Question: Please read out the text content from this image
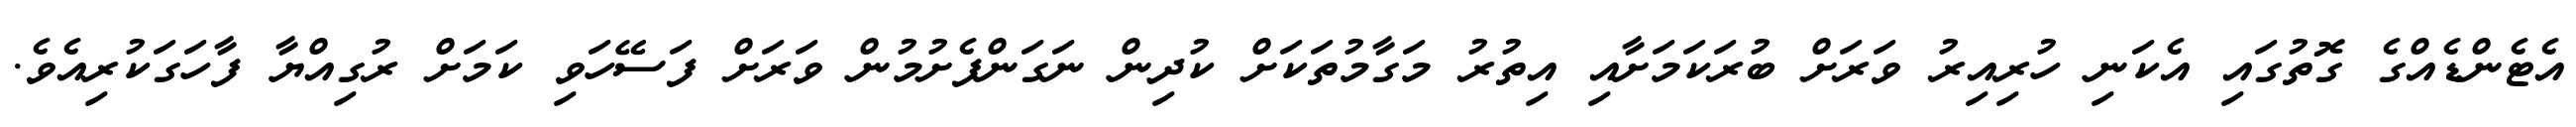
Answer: އެޓެންޑެއްގެ ގޮތުގައި އެކަނި ހުރިއިރު ވަރަށް ބުރަކަމަށާއި އިތުރު މަގާމުތަކަށް ކުދިން ނަގަންފެށުމުން ވަރަށް ފަސޭހަވި ކަމަށް ރުގިއްޔާ ފާހަގަކުރިއެވެ.